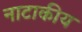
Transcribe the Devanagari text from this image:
नाटाकीय